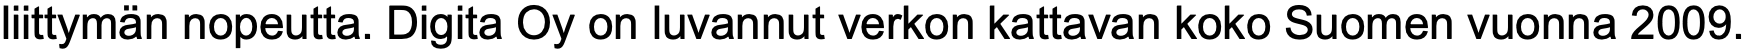
liittymän nopeutta. Digita Oy on luvannut verkon kattavan koko Suomen vuonna 2009.